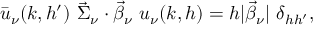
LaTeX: \bar { u } _ { \nu } ( k , h ^ { \prime } ) ~ \vec { \Sigma } _ { \nu } \cdot \vec { \beta } _ { \nu } ~ u _ { \nu } ( k , h ) = h | \vec { \beta } _ { \nu } | ~ \delta _ { h h ^ { \prime } } ,